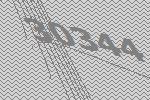
30344